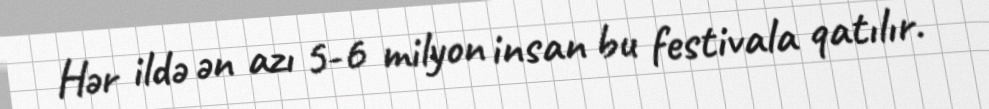
Hər ildə ən azı 5-6 milyon insan bu festivala qatılır.